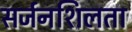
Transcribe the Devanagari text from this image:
सर्जनशिलता